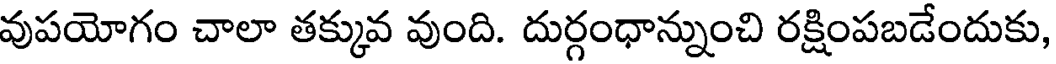
వుపయోగం చాలా తక్కువ వుంది. దుర్గంధాన్నుంచి రక్షింపబడేందుకు,